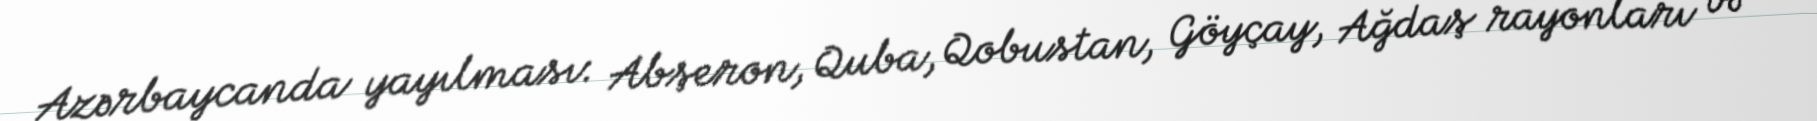
Azərbaycanda yayılması: Abşeron, Quba, Qobustan, Göyçay, Ağdaş rayonları və